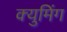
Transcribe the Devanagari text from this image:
क्युमिंग